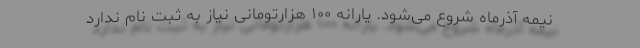
نیمه آذرماه شروع می‌شود. یارانه ۱۰۰ هزارتومانی نیاز به ثبت نام ندارد